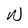
Character: W